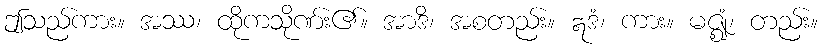
ဤသည်ကား။ အဿ၊ ထိုကသိုဏ်း၏။ အာဒိ၊ အစတည်း။ ဣဒံ၊ ကား။ မဇ္ဈံ၊ တည်း။